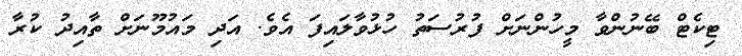
ޓިކެޓް ބޭނުންވާ މީހުންނަށް ފުރުސަތު ހުޅުވާލައިފަ އެވެ. އަދި މައުމޫނަށް ތާއިދު ކުރާ